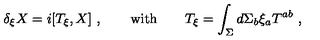
\delta _ { \xi } X = i [ T _ { \xi } , X ] \ , \qquad \mathrm { w i t h } \qquad T _ { \xi } = \int _ { \Sigma } d \Sigma _ { b } \xi _ { a } T ^ { a b } \ ,